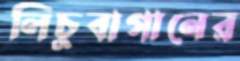
লিচুবাগানের